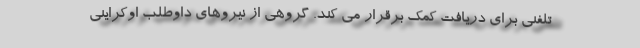
تلفنی برای دریافت کمک برقرار می کند. گروهی از نیروهای داوطلب اوکراینی